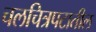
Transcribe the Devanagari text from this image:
चलचित्रपटातील